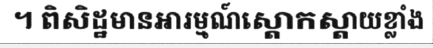
។ ពិសិដ្ឋមានអារម្មណ៍ស្តោកស្តាយខ្លាំង